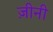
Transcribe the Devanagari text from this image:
ज़ीनी